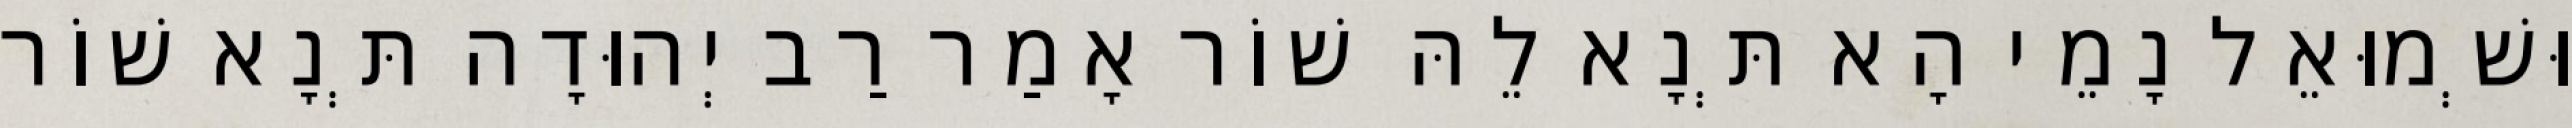
וּשְׁמוּאֵל נָמֵי הָא תְּנָא לֵהּ שׁוֹר אָמַר רַב יְהוּדָה תְּנָא שׁוֹר